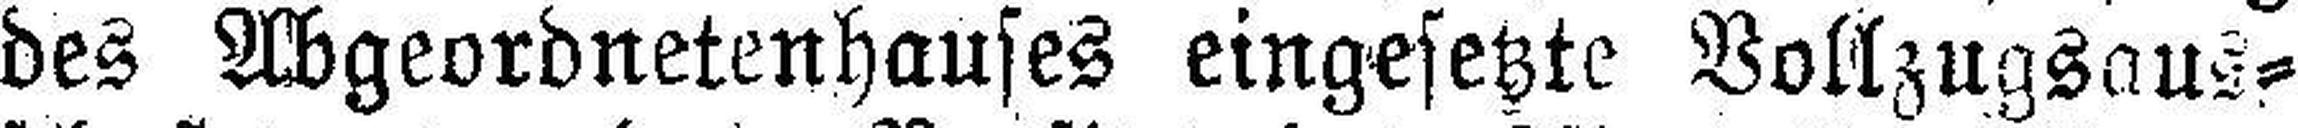
des Abgeordnetenhauses eingesetzte Vollzugsaus¬